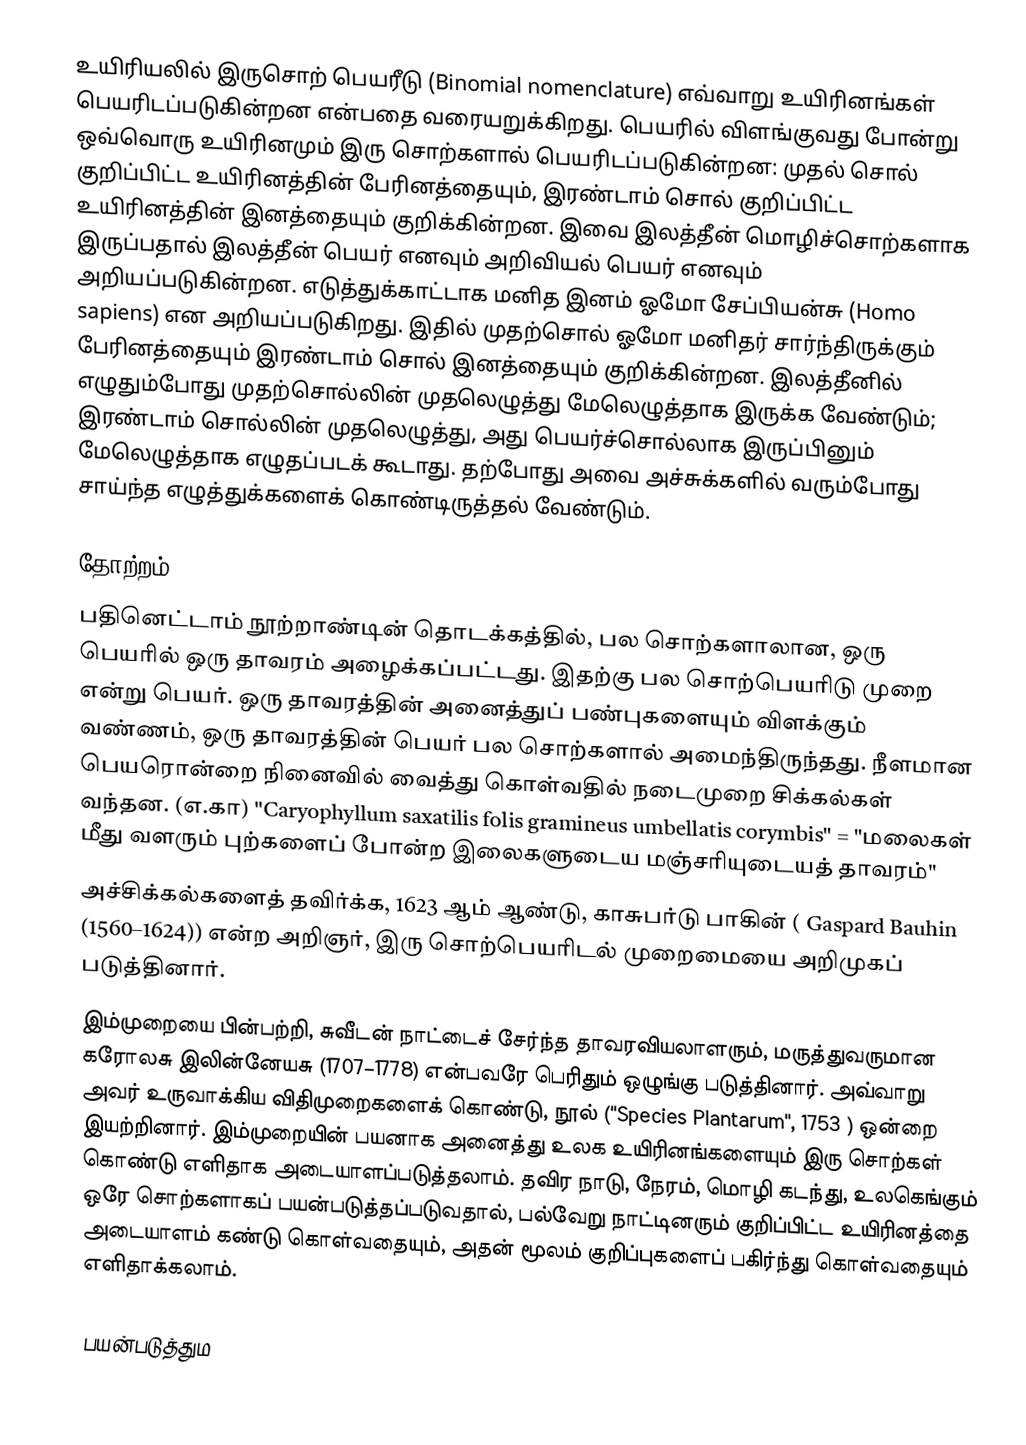
உயிரியலில் இருசொற் பெயரீடு (Binomial nomenclature) எவ்வாறு உயிரினங்கள் பெயரிடப்படுகின்றன என்பதை வரையறுக்கிறது. பெயரில் விளங்குவது போன்று ஒவ்வொரு உயிரினமும் இரு சொற்களால் பெயரிடப்படுகின்றன: முதல் சொல் குறிப்பிட்ட உயிரினத்தின் பேரினத்தையும், இரண்டாம் சொல் குறிப்பிட்ட உயிரினத்தின் இனத்தையும் குறிக்கின்றன. இவை இலத்தீன் மொழிச்சொற்களாக இருப்பதால் இலத்தீன் பெயர் எனவும் அறிவியல் பெயர் எனவும் அறியப்படுகின்றன. எடுத்துக்காட்டாக மனித இனம் ஓமோ சேப்பியன்சு (Homo sapiens) என அறியப்படுகிறது. இதில் முதற்சொல் ஓமோ மனிதர் சார்ந்திருக்கும் பேரினத்தையும் இரண்டாம் சொல் இனத்தையும் குறிக்கின்றன. இலத்தீனில் எழுதும்போது முதற்சொல்லின் முதலெழுத்து மேலெழுத்தாக இருக்க வேண்டும்; இரண்டாம் சொல்லின் முதலெழுத்து, அது பெயர்ச்சொல்லாக இருப்பினும் மேலெழுத்தாக எழுதப்படக் கூடாது. தற்போது அவை அச்சுக்களில் வரும்போது சாய்ந்த எழுத்துக்களைக் கொண்டிருத்தல் வேண்டும்.

தோற்றம்
பதினெட்டாம் நூற்றாண்டின் தொடக்கத்தில், பல சொற்களாலான, ஒரு பெயரில் ஒரு தாவரம் அழைக்கப்பட்டது. இதற்கு பல சொற்பெயரிடு முறை என்று பெயர். ஒரு தாவரத்தின் அனைத்துப் பண்புகளையும் விளக்கும் வண்ணம், ஒரு தாவரத்தின் பெயர் பல சொற்களால் அமைந்திருந்தது. நீளமான  பெயரொன்றை நினைவில் வைத்து கொள்வதில் நடைமுறை சிக்கல்கள் வந்தன.  (எ.கா) "Caryophyllum saxatilis folis gramineus umbellatis corymbis" = "மலைகள் மீது வளரும் புற்களைப் போன்ற இலைகளுடைய மஞ்சரியுடையத் தாவரம்"
அச்சிக்கல்களைத் தவிர்க்க, 1623 ஆம் ஆண்டு, காசுபர்டு பாகின் ( Gaspard Bauhin (1560–1624)) என்ற அறிஞர், இரு சொற்பெயரிடல் முறைமையை அறிமுகப் படுத்தினார்.
இம்முறையை பின்பற்றி, சுவீடன் நாட்டைச் சேர்ந்த தாவரவியலாளரும்,  மருத்துவருமான கரோலசு இலின்னேயசு  (1707–1778) என்பவரே பெரிதும் ஒழுங்கு படுத்தினார். அவ்வாறு அவர் உருவாக்கிய விதிமுறைகளைக் கொண்டு, நூல் ("Species Plantarum", 1753 ) ஒன்றை இயற்றினார். இம்முறையின் பயனாக அனைத்து உலக உயிரினங்களையும் இரு சொற்கள் கொண்டு எளிதாக அடையாளப்படுத்தலாம். தவிர நாடு, நேரம், மொழி கடந்து, உலகெங்கும் ஒரே சொற்களாகப் பயன்படுத்தப்படுவதால், பல்வேறு நாட்டினரும் குறிப்பிட்ட உயிரினத்தை அடையாளம் கண்டு கொள்வதையும், அதன் மூலம் குறிப்புகளைப் பகிர்ந்து கொள்வதையும் எளிதாக்கலாம்.

பயன்படுத்தும